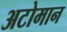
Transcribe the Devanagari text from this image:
अटोमान